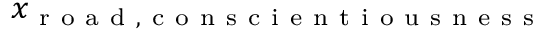
x _ { \mathrm { ~ r ~ o ~ a ~ d ~ , ~ c ~ o ~ n ~ s ~ c ~ i ~ e ~ n ~ t ~ i ~ o ~ u ~ s ~ n ~ e ~ s ~ s ~ } }